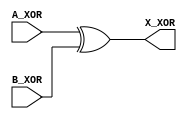
`timescale 1ns / 1ps

module XOR(
    input wire [5:0] A_XOR, B_XOR, 
	 output [5:0] X_XOR
    );

	assign X_XOR = A_XOR^B_XOR; // XOR operator

endmodule